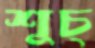
শুচ্